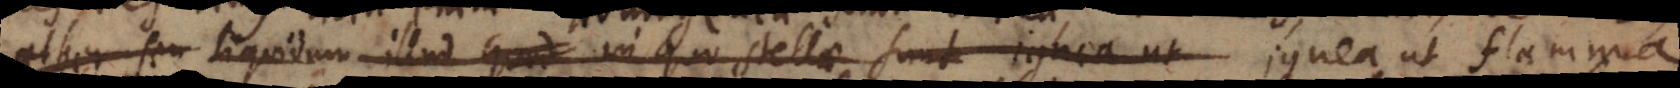
aether seu liquidum illud quod in quo stellae sunt ignea non sunt,